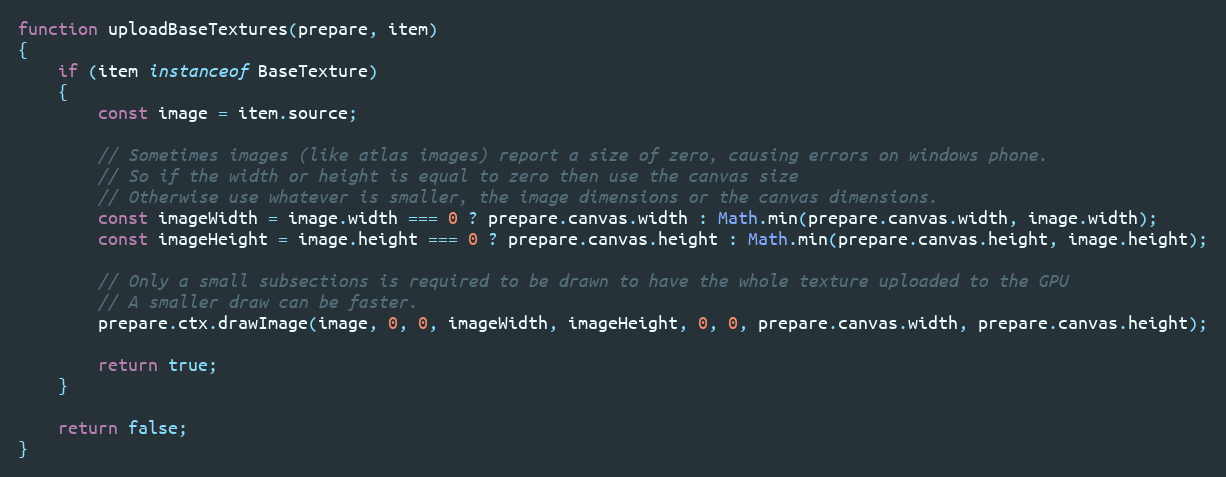
Language: JavaScript
function uploadBaseTextures(prepare, item)
{
    if (item instanceof BaseTexture)
    {
        const image = item.source;

        // Sometimes images (like atlas images) report a size of zero, causing errors on windows phone.
        // So if the width or height is equal to zero then use the canvas size
        // Otherwise use whatever is smaller, the image dimensions or the canvas dimensions.
        const imageWidth = image.width === 0 ? prepare.canvas.width : Math.min(prepare.canvas.width, image.width);
        const imageHeight = image.height === 0 ? prepare.canvas.height : Math.min(prepare.canvas.height, image.height);

        // Only a small subsections is required to be drawn to have the whole texture uploaded to the GPU
        // A smaller draw can be faster.
        prepare.ctx.drawImage(image, 0, 0, imageWidth, imageHeight, 0, 0, prepare.canvas.width, prepare.canvas.height);

        return true;
    }

    return false;
}